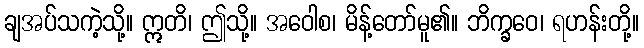
ချအပ်သကဲ့သို့။ ဣတိ၊ ဤသို့။ အဝေါစ၊ မိန့်တော်မူ၏။ ဘိက္ခဝေ၊ ရဟန်းတို့။